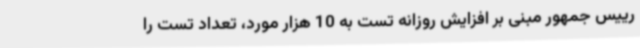
رییس جمهور مبنی بر افزایش روزانه تست به 10 هزار مورد، تعداد تست را